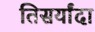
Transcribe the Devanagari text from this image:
तिसर्यांदा